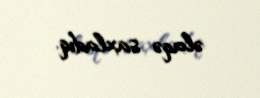
əlaqə saxladıq.